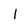
Character: l